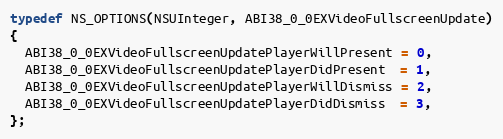
Language: C
typedef NS_OPTIONS(NSUInteger, ABI38_0_0EXVideoFullscreenUpdate)
{
  ABI38_0_0EXVideoFullscreenUpdatePlayerWillPresent = 0,
  ABI38_0_0EXVideoFullscreenUpdatePlayerDidPresent  = 1,
  ABI38_0_0EXVideoFullscreenUpdatePlayerWillDismiss = 2,
  ABI38_0_0EXVideoFullscreenUpdatePlayerDidDismiss  = 3,
};